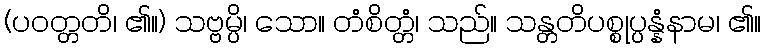
(ပဝတ္တတိ၊ ၏။) သဗ္ဗမ္ပိ၊ သော။ တံစိတ္တံ၊ သည်။ သန္တတိပစ္စုပ္ပန္နံနာမ၊ ၏။